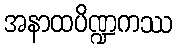
အနာထပိဏ္ဍကဿ